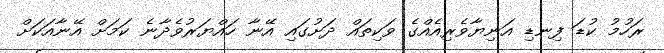
ރަހުމު ކުޑަ ފިނޑި އަނިޔާވެރިއެއްގެ ވަކިތައް ދަށުގައި އޭނާ ހައްޔަރުވެދާނެ ކަމަށް އޭނާއަކަށް